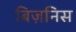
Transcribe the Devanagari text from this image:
बिज़निस